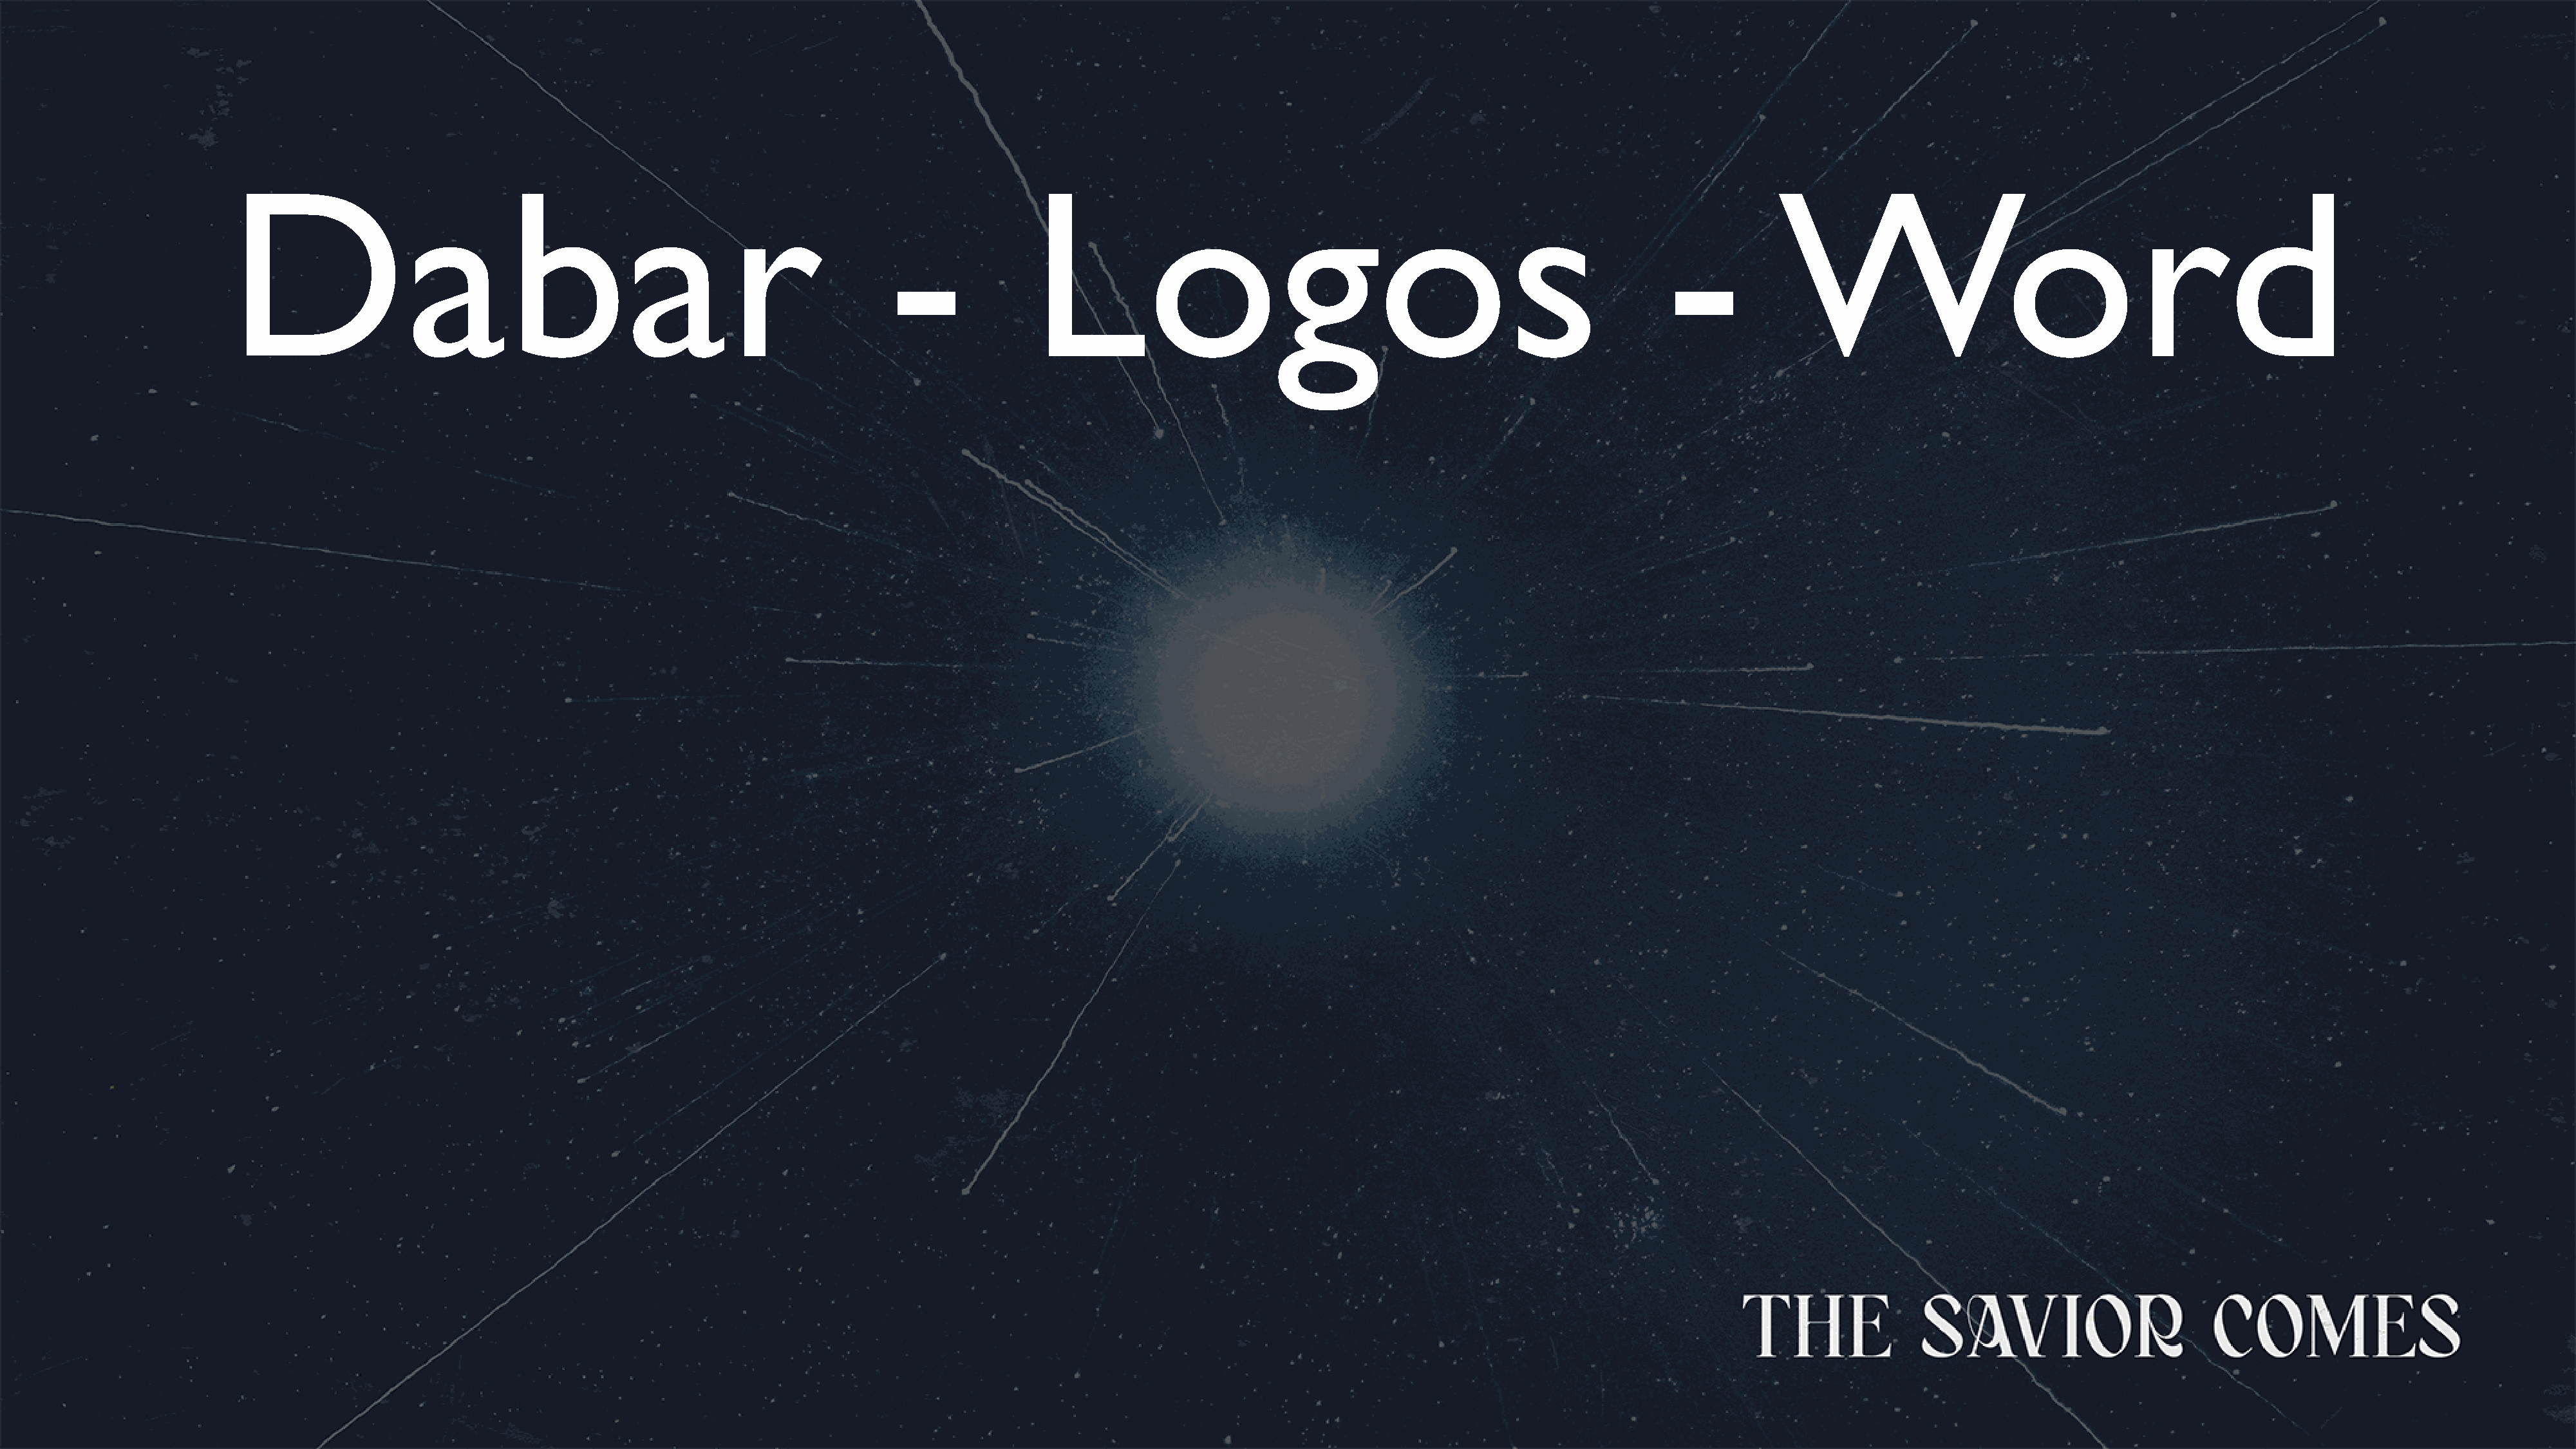
Dabar                                                               -              Logos                                                            -           Word